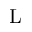
\mathrm { L }